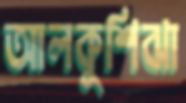
আলকুশিঝা